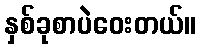
နှစ်ခုစာပဲဝေးတယ်။